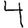
Digit: 4